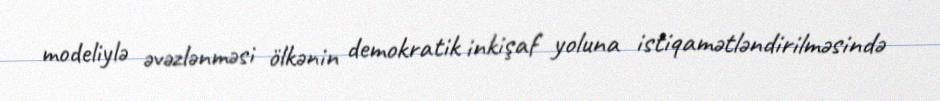
modeliylə əvəzlənməsi ölkənin demokratik inkişaf yoluna istiqamətləndirilməsində